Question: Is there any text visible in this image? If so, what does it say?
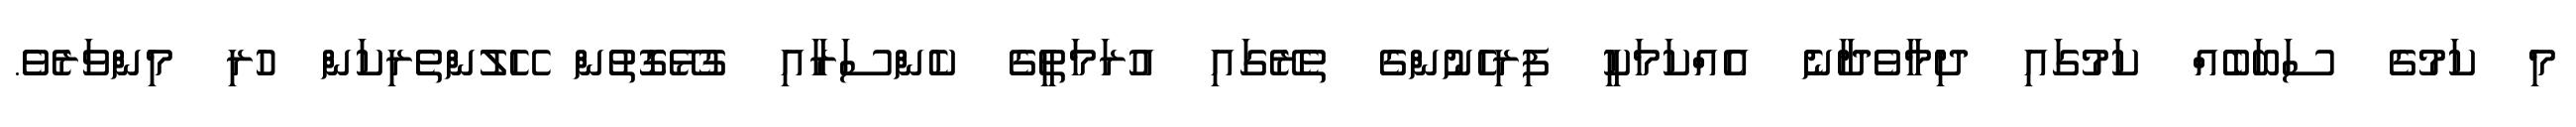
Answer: މި ކަމުގެ ސަބަބެއް ކަމުގައި ދިމާވެދާނެ އެއްކަމަކީ ފިރިހެނުންގެ ތެރޭގައި އުރަމަތީގެ ކެންސަރާއި ގުޅޭގޮތުން ހޭލުންތެރިކަން ހުރި މިންވަރެވެ.